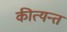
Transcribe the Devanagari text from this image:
कीत्यन्त